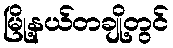
မြို့နယ်တချို့တွင်